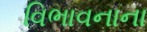
વિભાવનાના